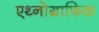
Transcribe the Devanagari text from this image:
एथ्नोग्राफिक